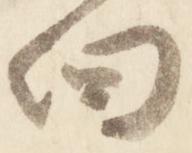
向